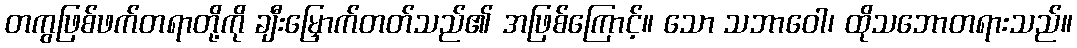
တကွဖြစ်ဖက်တရာတို့ကို ချီးမြှောက်တတ်သည်၏ အဖြစ်ကြောင့်။ သော သဘာဝေါ၊ ထိုသဘောတရားသည်။